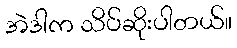
အဲဒါက သိပ်ဆိုးပါတယ်။